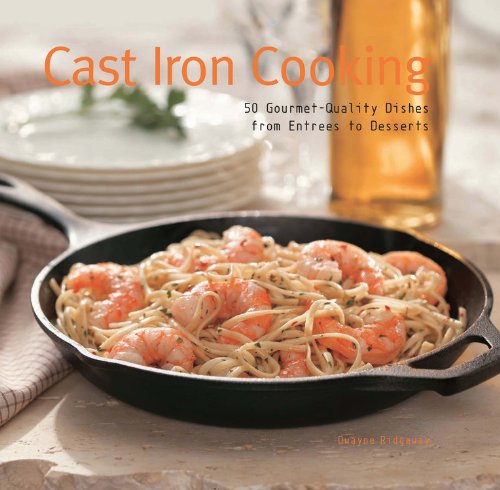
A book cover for Cast Iron Cooking: 50 Gourmet Quality Dishes from Entrees to Desserts; Dwayne Ridgaway; Cookbooks, Food & Wine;